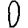
Digit: 0